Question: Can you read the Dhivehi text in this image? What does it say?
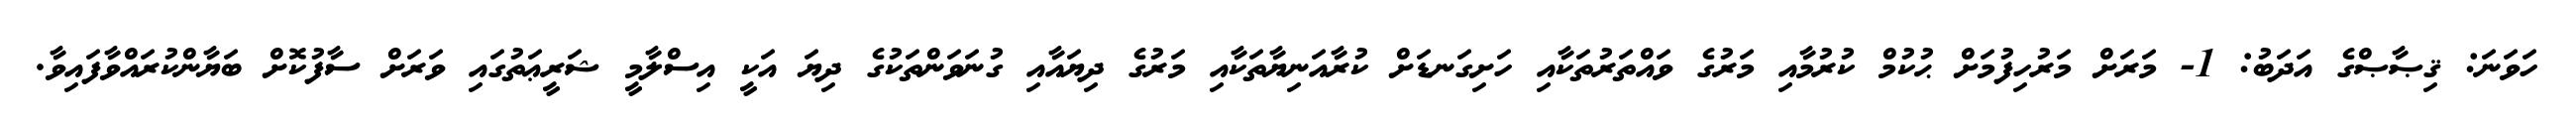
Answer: ހަވަނަ: ޤިޞާޞްގެ އަދަބު: 1- މަރަށް މަރުހިފުމަށް ޙުކުމް ކުރުމާއި މަރުގެ ވައްތަރުތަކާއި ހަށިގަނޑަށް ކުރާއަނިޔާތަކާއި މަރުގެ ދިޔައާއި ގުނަވަންތަކުގެ ދިޔަ އަކީ އިސްލާމީ ޝަރީޢަތުގައި ވަރަށް ސާފުކޮށް ބަޔާންކުރައްވާފައިވާ.